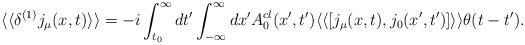
LaTeX: \begin{align*} \langle \langle \delta^{(1)} j_\mu (x,t) \rangle \rangle = -i\int_{t_0}^{\infty} dt' \int_{-\infty}^{\infty} dx' A_0^{cl}(x',t') \langle \langle [j_\mu (x,t),j_0 (x',t')]\rangle \rangle \theta (t-t').\end{align*}